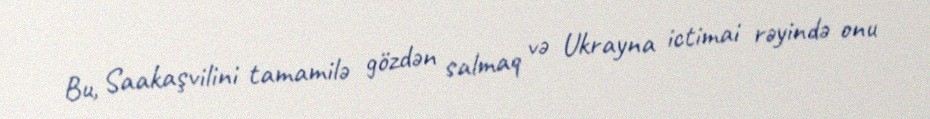
Bu, Saakaşvilini tamamilə gözdən salmaq və Ukrayna ictimai rəyində onu